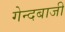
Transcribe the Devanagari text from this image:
गेन्दबाजी